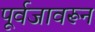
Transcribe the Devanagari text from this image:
पूर्वजावरून